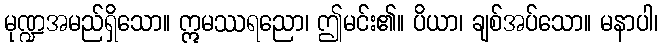
မုဏ္ဍအမည်ရှိသော။ ဣမဿရညော၊ ဤမင်း၏။ ပိယာ၊ ချစ်အပ်သော။ မနာပါ၊